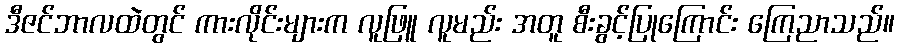
ဒီဇင်ဘာလထဲတွင် ကားလိုင်းများက လူဖြူ လူမည်း အတူ စီးခွင့်ပြုကြောင်း ကြေညာသည်။